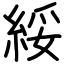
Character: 綏